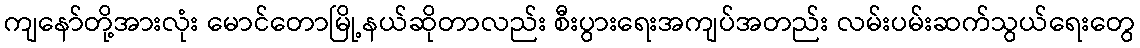
ကျနော်တို့အားလုံး မောင်တောမြို့နယ်ဆိုတာလည်း စီးပွားရေးအကျပ်အတည်း လမ်းပမ်းဆက်သွယ်ရေးတွေ